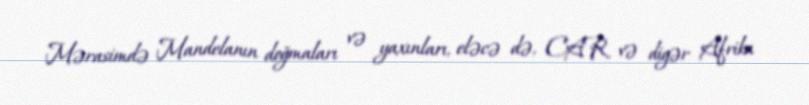
Mərasimdə Mandelanın doğmaları və yaxınları, eləcə də, CAR və digər Afrika